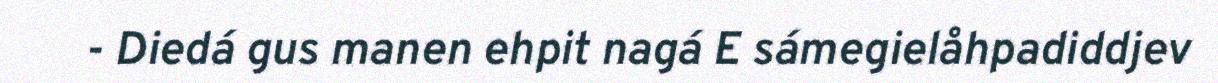
- Diedá gus manen ehpit nagá E sámegielåhpadiddjev